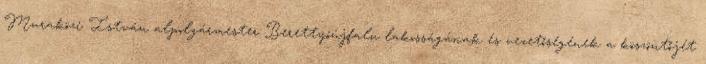
Muraközi István alpolgármester Berettyóújfalu lakosságának és vezetőségének a köszöntőjét